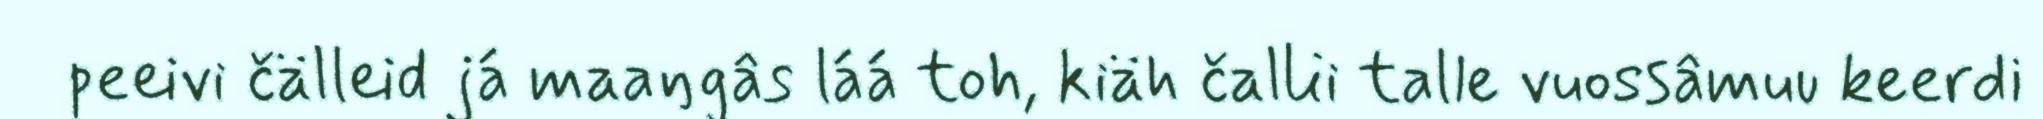
peeivi čälleid já maaŋgâs láá toh, kiäh čallii talle vuossâmuu keerdi